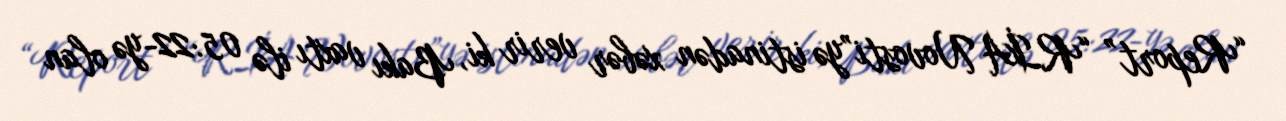
“Report” “RİA Novosti”yə istinadən xəbər verir ki, Bakı vaxtı ilə 05:22-yə olan